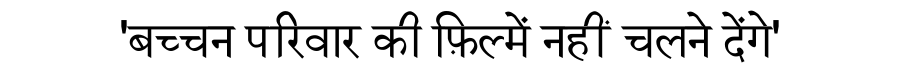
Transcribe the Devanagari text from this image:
'बच्चन परिवार की फ़िल्में नहीं चलने देंगे'